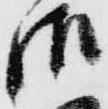
御